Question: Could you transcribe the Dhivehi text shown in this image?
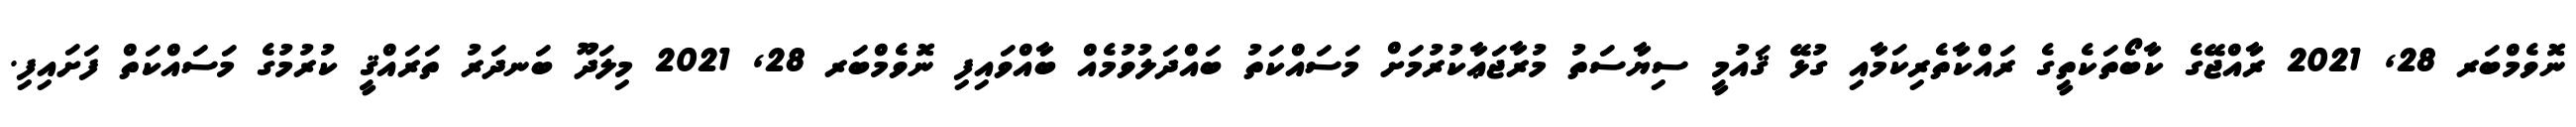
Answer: ނޮވެމްބަރ 28, 2021 ރާއްޖޭގެ ކާބޯތަކެތީގެ ރައްކާތެރިކަމާއި ގުޅޭ ޤައުމީ ސިޔާސަތު މުރާޖަޢާކުރުމަށް މަސައްކަތު ބައްދަލުވުމެއް ބާއްވައިފި ނޮވެމްބަރ 28, 2021 މިލަދޫ ބަނދަރު ތަރައްޤީ ކުރުމުގެ މަސައްކަތް ފަށައިފި.